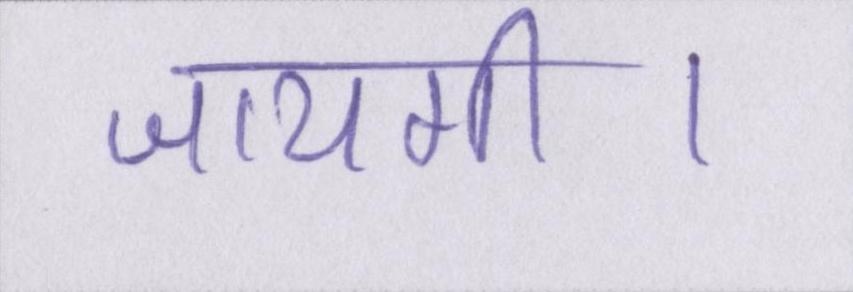
जायगी।